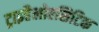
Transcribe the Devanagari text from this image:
ट्राइहैलोएसिटिक